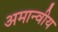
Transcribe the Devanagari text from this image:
अमान्वीय